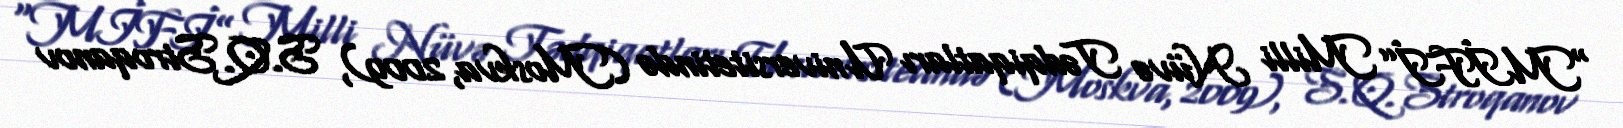
“MİFİ” Milli Nüvə Tədqiqatları Universitetində (Moskva, 2009), S.Q.Stroqanov